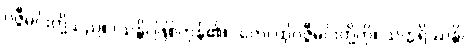
ဝဇ္ဇီမင်းတို့သည်။ (သန္တိ၊ ဖြစ်ကုန်၏။) တေ၊ ထိုဝဇ္ဇီမင်းတို့ကို။ သက္ကရိဿန္တိ၊